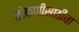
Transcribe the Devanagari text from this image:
कोकणीसाठीचा